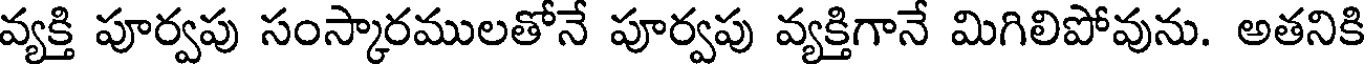
వ్యక్తి పూర్వపు సంస్కారములతోనే పూర్వపు వ్యక్తిగానే మిగిలిపోవును. అతనికి